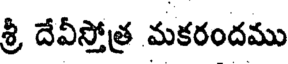
శ్రీ దేవీస్తోత్ర మకరందము